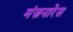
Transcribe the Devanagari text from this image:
मंज़नारेस